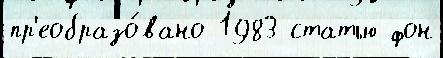
пр'еобразо́вано 1983 статью фон